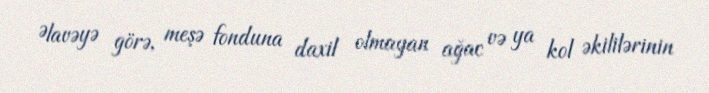
Əlavəyə görə, meşə fonduna daxil olmayan ağac və ya kol əkililərinin